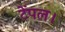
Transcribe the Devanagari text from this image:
टेंपल।